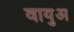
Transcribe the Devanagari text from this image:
वायुअ